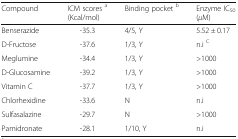
| Compound | ICM scores a (Kcal/mol) | Binding pocket b | Enzyme IC50 (μM) |
 | --- | --- | --- | --- |
 | Benserazide | -35.3 | 4/5, Y | 5.52 ± 0.17 |
 | D-Fructose | -37.6 | 1/3, Y | n.i C |
 | Meglumine | -34.4 | 1/3, Y | >1000 |
 | D-Glucosamine | -39.2 | 1/3, Y | >1000 |
 | Vitamin C | -37.7 | 1/3, Y | >1000 |
 | Chlorhexidine | -33.6 | N | n.i |
 | Sulfasalazine | -29.7 | N | >1000 |
 | Pamidronate | -28.1 | 1/10, Y | n.i |